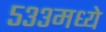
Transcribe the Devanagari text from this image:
५३३मध्ये